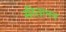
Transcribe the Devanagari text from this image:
सीतानन